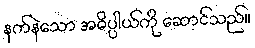
နက်နဲသော အဓိပ္ပါယ်ကို ဆောင်သည်။